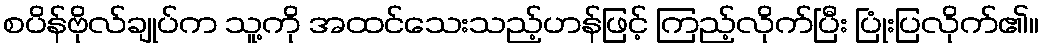
စပိန်ဗိုလ်ချုပ်က သူ့ကို အထင်သေးသည့်ဟန်ဖြင့် ကြည့်လိုက်ပြီး ပြုံးပြလိုက်၏။